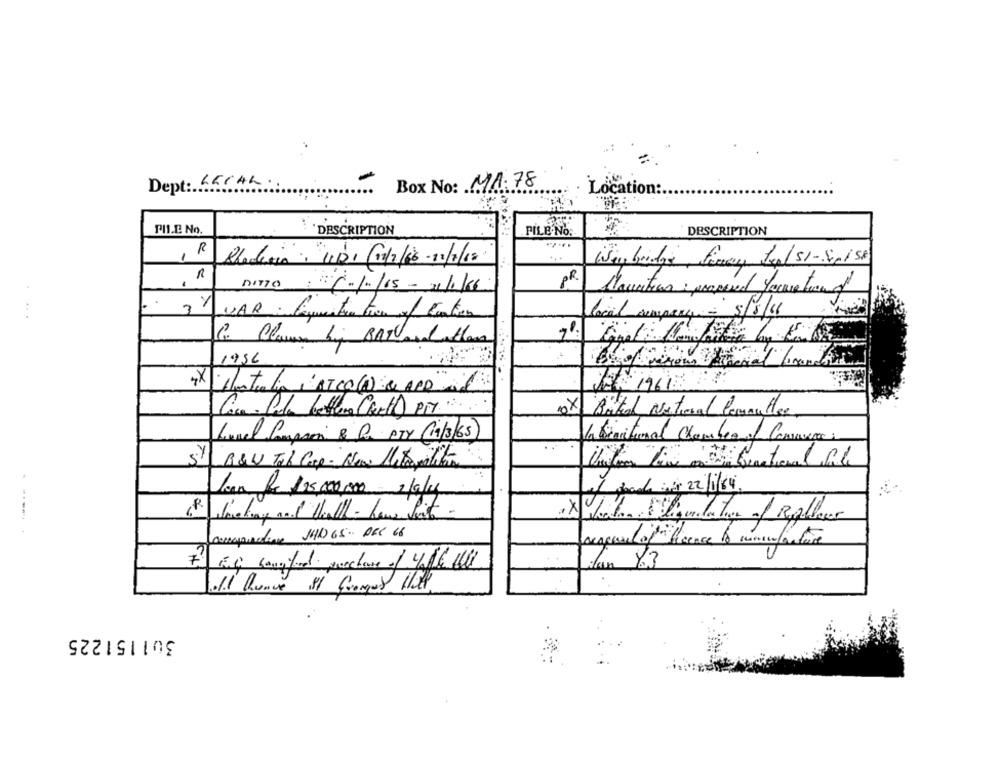
Dept: LECAL.
Box No: MA. 78
Location:
PIL.E. No.
DESCRIPTION
PILE NO.
DESCRIPTION
R
1
Poderia. 11/01 /11/2/6 -11/7/18
Wey bridge, fry Ing/51-Sp1 St
R
PR.
.
DITTO -1-105 - 1/1/6
Mauritius : pracered faceation of
3%
....
local company- 5/5/11
1956
Coca Cola bottlera Chel) PTY .....
ox Buttel National Genauttes.
Kunel Corpoin & Ra PTY (14/3/65)
La factural Chamber of Commerce
of reach mig 2/1/4
Joan be 125,000,000 2/9/14
a X Whata Eligulation /Roller
Mamapraline MHD 65- DEC 68
7. EG langford prochaine of 4th il
Toll Qunce Il Grouges 11st,
301151225